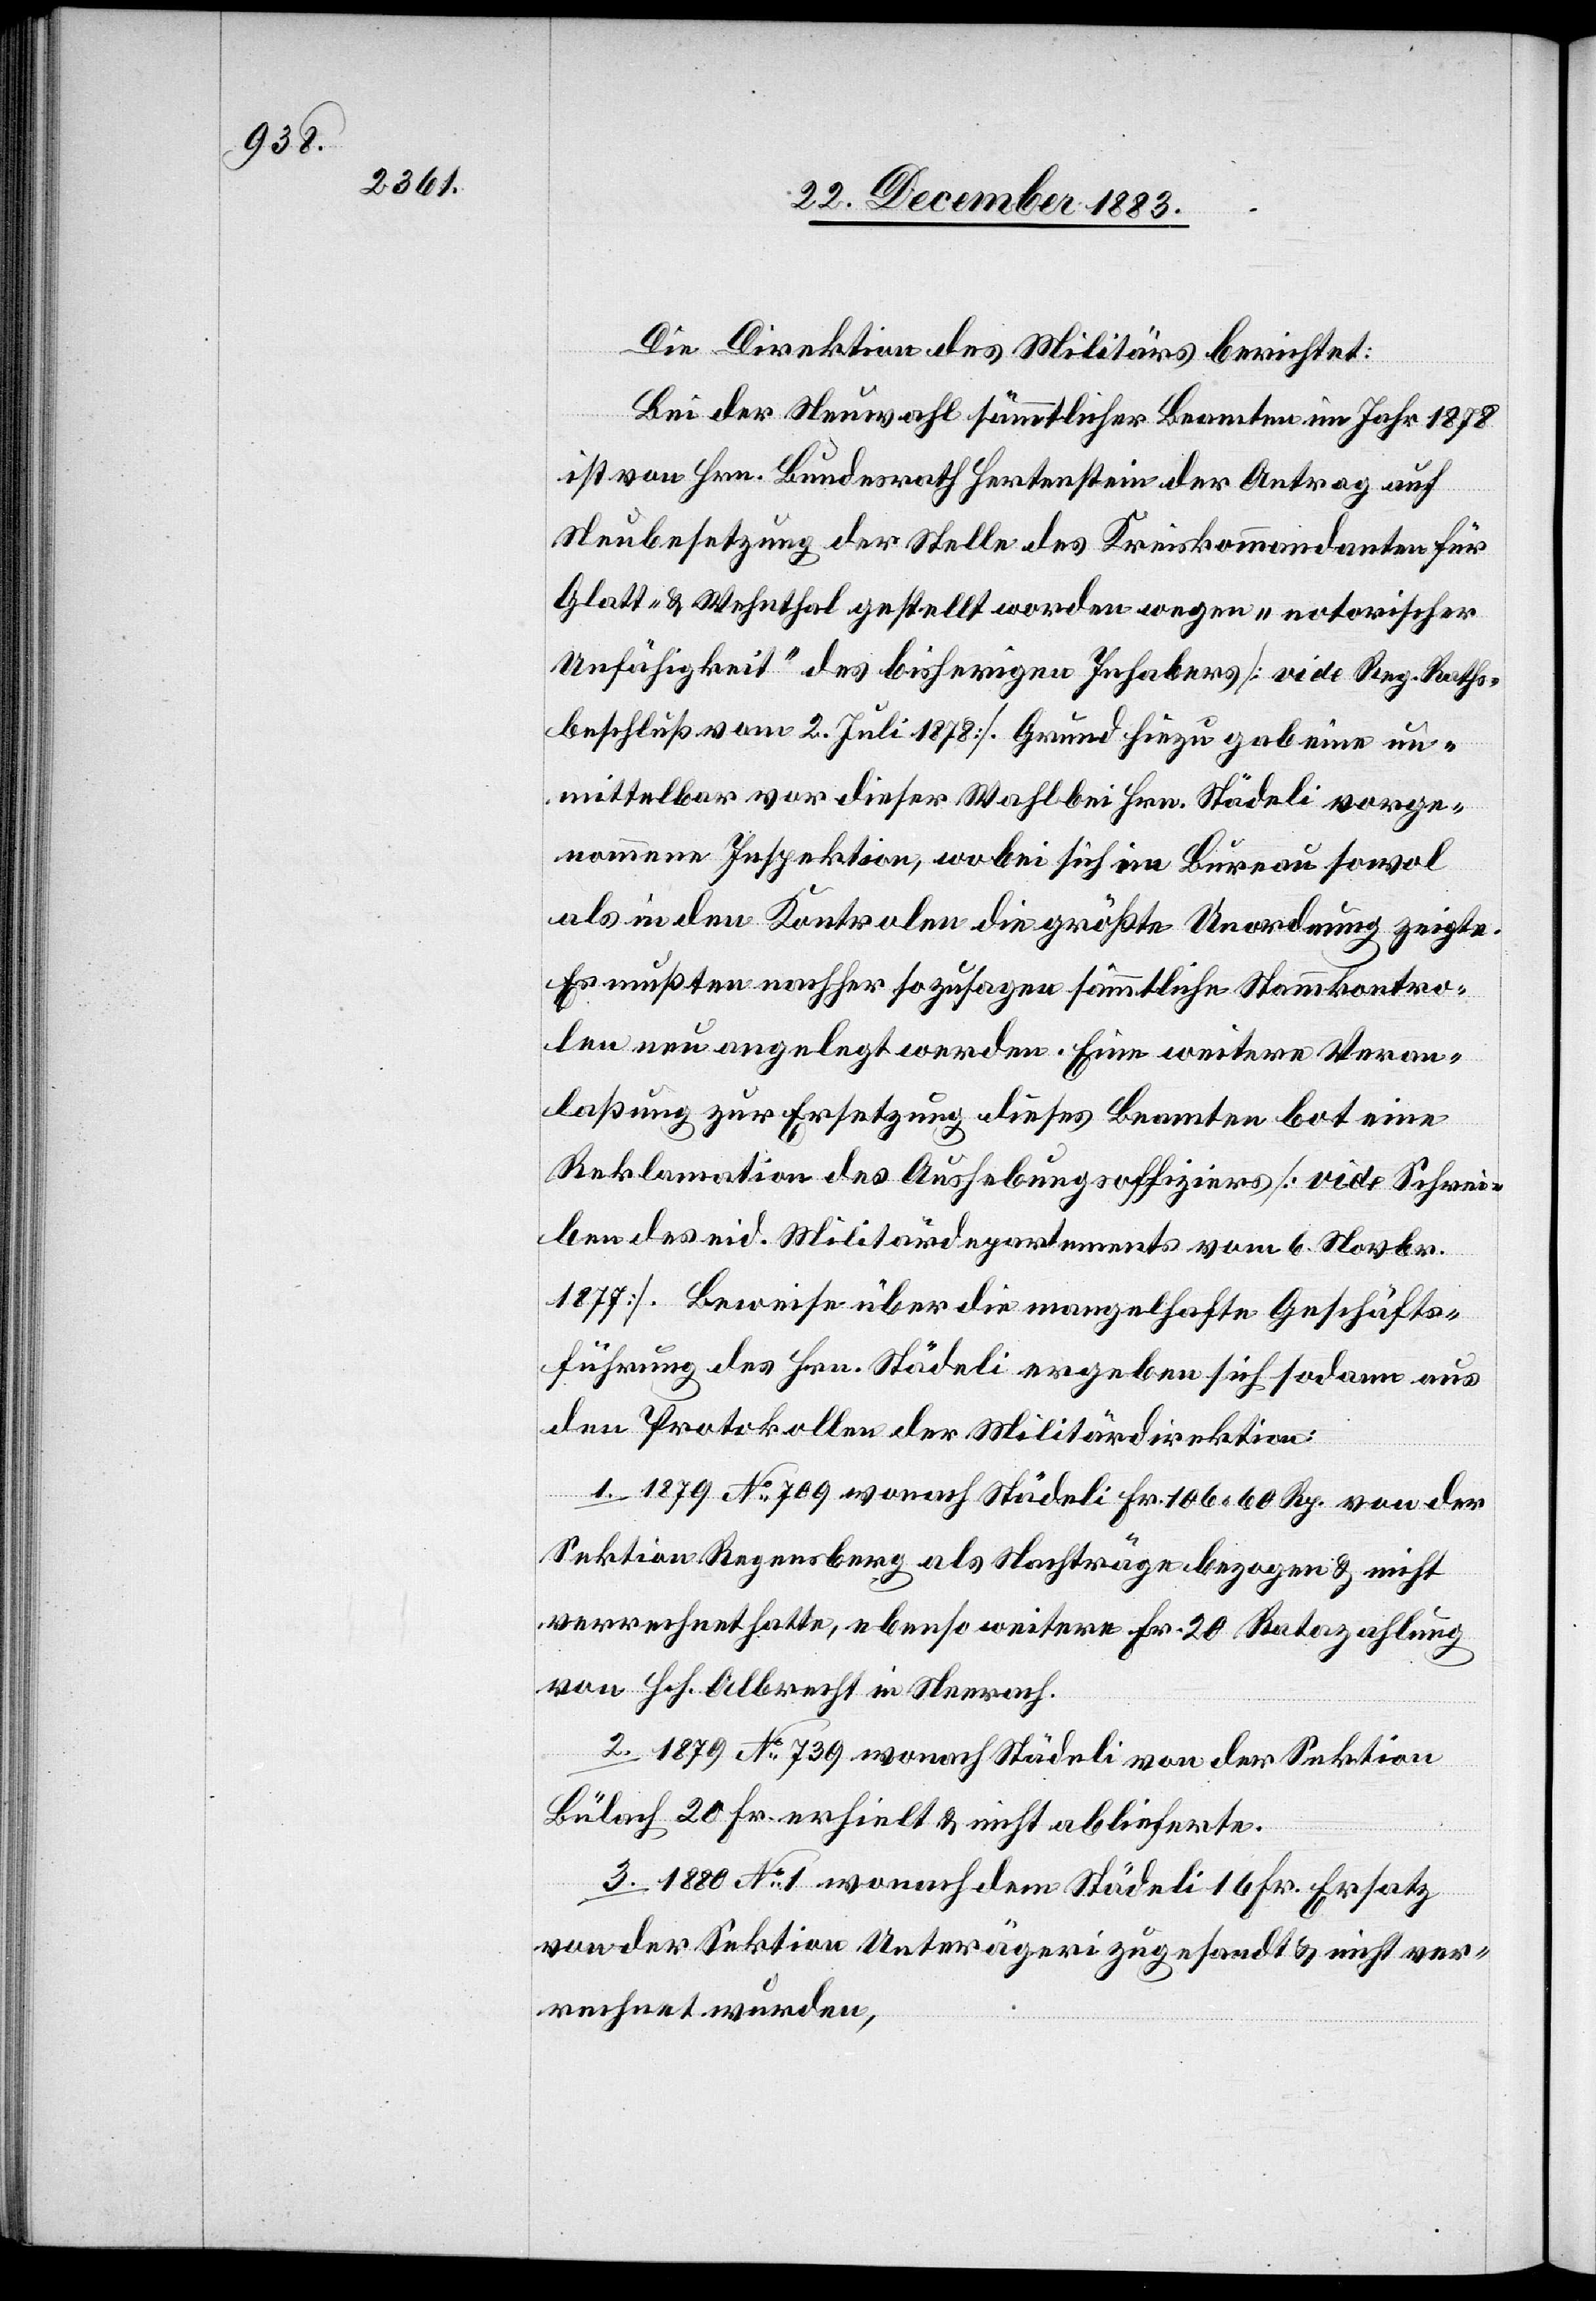
Die Direktion des Militärs berichtet:
Bei der Neuwahl sämmtlicher Beamten im Jahr 1878
ist von Hrn. Bundesrath Hertenstein der Antrag auf
Neubesetzung der Stelle des Kreiskommandanten für
Glatt- & Wehnthal gestellt worden wegen „notorischer
Unfähigkeit“ des bisherigen Inhabers [vide Reg. Raths¬
beschluß vom 2. Juli 1878]. Grund hiezu gab eine un¬
mittelbar vor dieser Wahl bei Hrn. Städeli vorge¬
nommene Inspektion, wobei sich im Bureau sowol
als in den Kontrolen die größte Unordnung zeigte.
Es mußten nachher so zusagen sämmtliche Stammkontro¬
len neu angelegt werden. Eine weitere Veran¬
laßung zu Ersetzung dieses Beamten bot eine
Reklamation des Aushebungsoffiziers [vide Schrei¬
ben des eid. Militärdepartements vom 6. Novbr.
1877]. Beweise über die mangelhafte Geschäfts¬
führung des Hrn. Städeli ergeben sich sodann aus
den Protokollen der Militärdirektion:
1. 1879 No 709 wonach Städeli Fr. 106 60 Rp. von der
Sektion Regensberg als Nachträge bezogen & nicht
verrechnet hatte, ebenso weitere Fr. 20 Ratazahlung
von Hch. Albrecht in Neerach.
2. 1879 No 739 wonach Städeli von der Sektion
Bülach 20 Fr. erhielt & nicht ablieferte.
3. 1880 No 1 wonach dem Städeli 16 Fr. Ersatz
von der Sektion Unterägeri zugesandt & nicht ver¬
rechnet wurden,